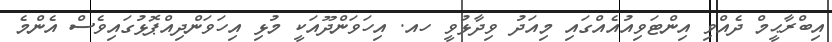
އިބްރާޙީމް ދެއްވި އިންޓަވިއުއެއްގައި މިއަދު ވިދާޅުވީ ހއ. އިހަވަންދޫއަކީ މުޅި އިހަވަންދިއްޕޮޅުގައިވެސް އެންމެ